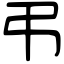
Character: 弔